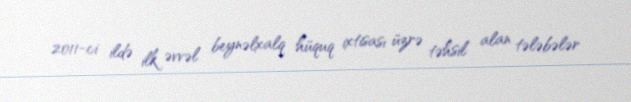
2011-ci ildə ilk əvvəl beynəlxalq hüquq ixtisası üzrə təhsil alan tələbələr